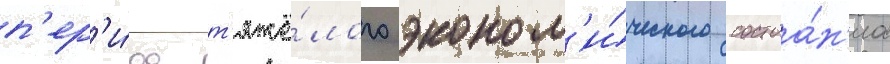
п'ер'и́од т'яжё́лого эконом'и́ческого состоа́н'иа